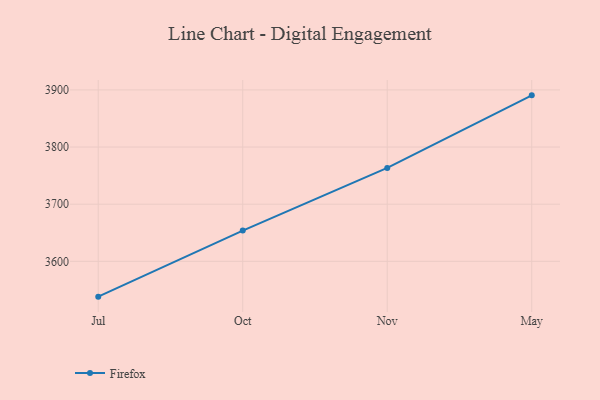
{"axis": {"x": "Month", "y": "Active Users"}, "legend": ["Firefox"], "data": [{"x": "Jul", "y": 3538.2, "type": "Firefox"}, {"x": "Oct", "y": 3653.8, "type": "Firefox"}, {"x": "Nov", "y": 3763.5, "type": "Firefox"}, {"x": "May", "y": 3890.5, "type": "Firefox"}]}